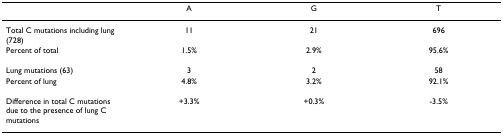
<table><thead><tr><td></td><td><b>A</b></td><td><b>G</b></td><td><b>T</b></td></tr></thead><tbody><tr><td>Total C mutations including lung (728)</td><td>11</td><td>21</td><td>696</td></tr><tr><td>Percent of total</td><td>1.5%</td><td>2.9%</td><td>95.6%</td></tr><tr><td>Lung mutations (63)</td><td>3</td><td>2</td><td>58</td></tr><tr><td>Percent of lung</td><td>4.8%</td><td>3.2%</td><td>92.1%</td></tr><tr><td>Difference in total C mutations due to the presence of lung C mutations</td><td>+3.3%</td><td>+0.3%</td><td>-3.5%</td></tr></tbody></table>